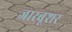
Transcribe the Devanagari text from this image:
जारबूशर